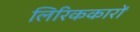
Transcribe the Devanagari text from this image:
लिरिककारों